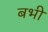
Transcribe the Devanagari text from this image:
बभी